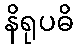
နိရုပဓိ